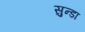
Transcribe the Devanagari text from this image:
सुन्डा